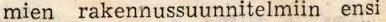
mien rakennussuunnitelmiin ensi